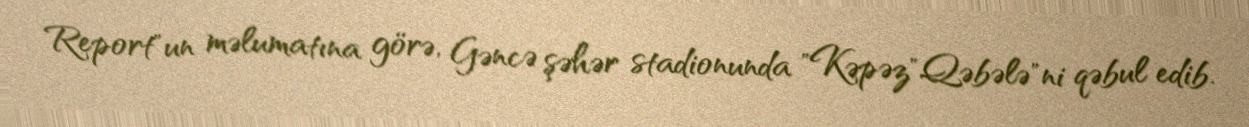
Report"un məlumatına görə, Gəncə şəhər stadionunda "Kəpəz"Qəbələ"ni qəbul edib.